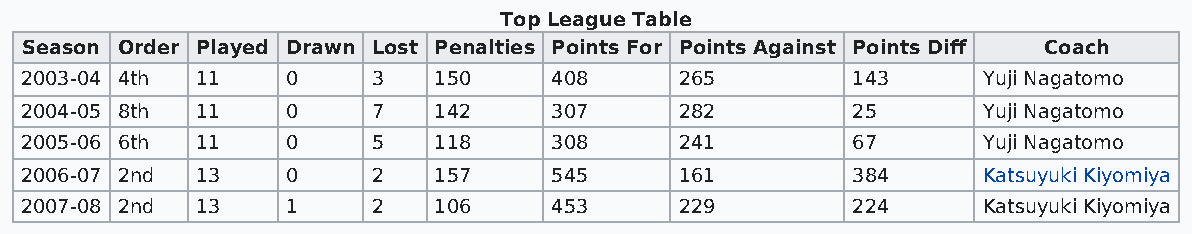
Top League Table
 Season Order Played Drawn Lost Penalties Points For Points Against Points Diff Coach
 2003-04 4th 11    0     3   150     408     265        143      Yuji Nagatomo
 2004-05 8th 11    0     7   142     307     282        25       Yuji Nagatomo
 2005-06 6th 11    0     5   118     308     241        67       Yuji Nagatomo
 2006-07 2nd 13    0     2   157     545     161        384      Katsuyuki Kiyomiya
 2007-08 2nd 13    1     2   106     453     229        224      Katsuyuki Kiyomiya